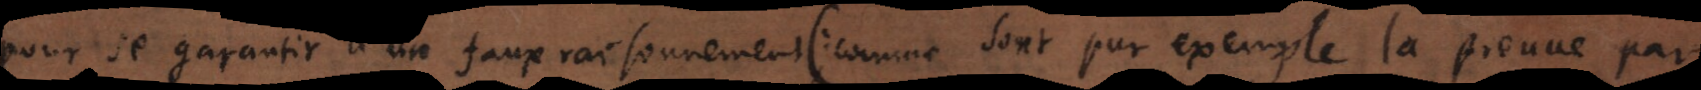
pour se garantir d’un faux raisonnement (comme sont par exemple la preuve par